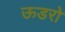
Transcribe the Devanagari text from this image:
ऊडरो